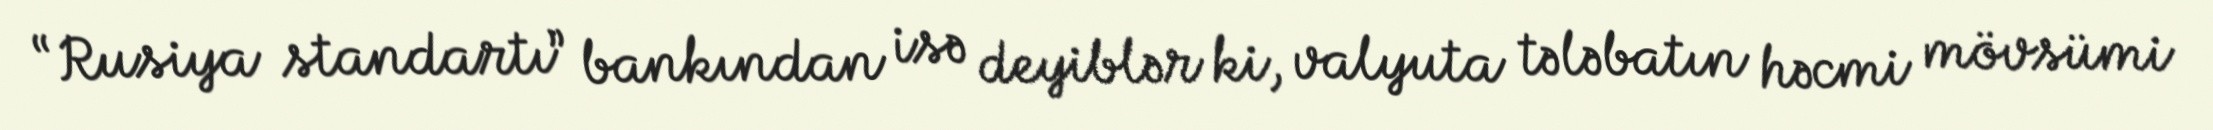
“Rusiya standartı” bankından isə deyiblər ki, valyuta tələbatın həcmi mövsümi